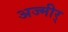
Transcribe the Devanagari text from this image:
अज्मीर्